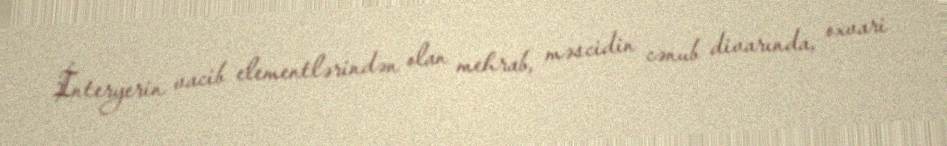
İnteryerin vacib elementlərindən olan mehrab, məscidin cənub divarında, oxvari